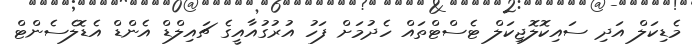
މެޑިކަލް އަދި ސައިކޮލޮޖިކަލް ޓެސްޓްތައް ހެދުމަށް ފަހު އުރުގުއާއީގެ ޗައިލްޑް އެންޑް އެޑޮލެސެންޓް